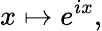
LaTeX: x\mapsto e^{ix},